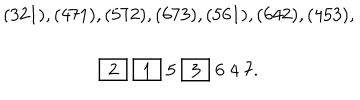
\begin{array} { c } { { ( 3 2 1 ) , ( 4 7 1 ) , ( 5 7 2 ) , ( 6 7 3 ) , ( 5 6 1 ) , ( 6 4 2 ) , ( 4 5 3 ) , } } \\ { { \fbox { 2 } \; \fbox { 1 } \; 5 \; \fbox { 3 } \; 6 \; 4 \; 7 . } } \\ \end{array}